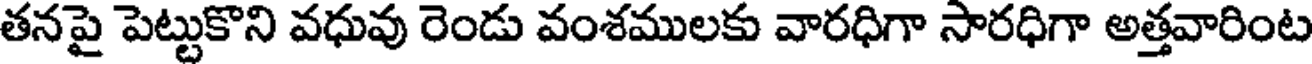
తనపై పెట్టుకొని వధువు రెండు వంశములకు వారధిగా సారధిగా అత్తవారింట